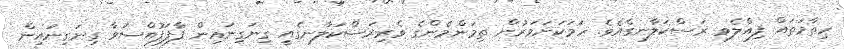
ހިތާމަތައް ފިއްލެވި ރަސްކަލާނގެއެވެ. ހަމަކަށަވަރުން ތިމަންމެންގެ ވެރިރަސްކަލާނގެއީ ގިނަގިނައިން ފާފަފުއްސަވާ ގިނަގިނައިން